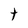
Character: t